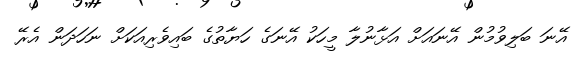
އޭނަ ބަލިވުމުން އޭނައަށް އަޅާނުލާ މީހަކު އޭނަގެ ހަޔާތުގެ ބައިވެރިއަކަށް ނަހަދަން އެރޭ